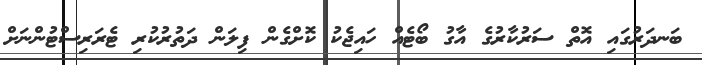
ބަނދަރުގައި އޮތް ސަރުކާރުގެ އާގު ބޯޓެއް ހައިޖެކު ކޮށްގެން ފިލަން ދަތުރުކުރި ޓެރަރިސްޓުންނަށް